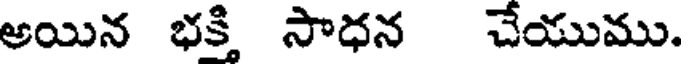
అయిన భక్తి సాధన చేయుము.